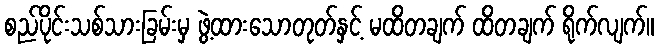
စည်ပိုင်းသစ်သားခြမ်းမှ ဖွဲ့ထားသောတုတ်နှင့် မထိတချက် ထိတချက် ရိုက်လျက်။